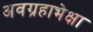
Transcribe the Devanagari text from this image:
अवग्रहाभेक्षा